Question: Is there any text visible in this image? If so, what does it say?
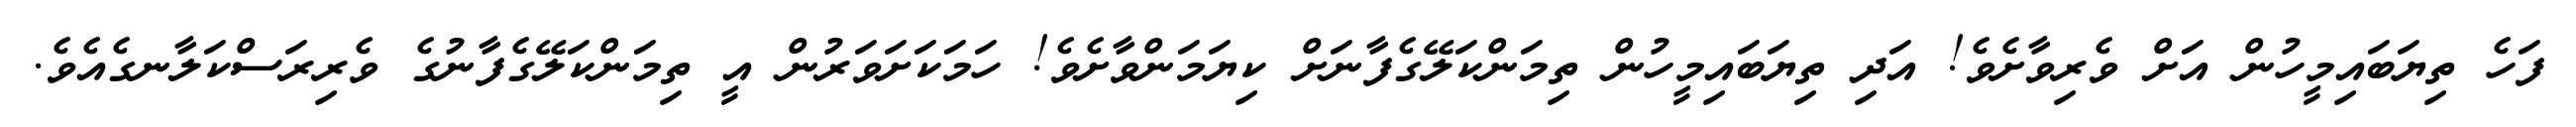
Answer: ފަހެ ތިޔަބައިމީހުން އަށް ވެރިވާށެވެ! އަދި ތިޔަބައިމީހުން ތިމަންކަލޭގެފާނަށް ކިޔަމަންވާށެވެ! ހަމަކަށަވަރުން އީ ތިމަންކަލޭގެފާނުގެ ވެރިރަސްކަލާނގެއެވެ.